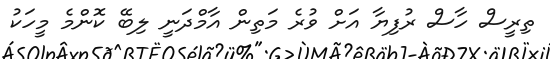
ތިރީސް ހާސް ރުފިޔާ އަށް ވުރެ މަތިން އާމްދަނީ ލިބޭ ކޮންމެ މީހަކު